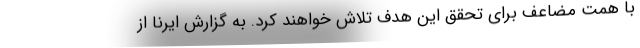
با همت مضاعف برای تحقق این هدف تلاش خواهند کرد. به گزارش ایرنا از